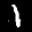
Label: 1